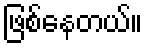
ဖြစ်နေတယ်။